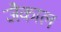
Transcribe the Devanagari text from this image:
जैकाल